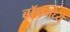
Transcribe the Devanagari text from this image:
बॉनमध्ये